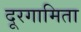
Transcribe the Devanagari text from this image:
दूरगामिता